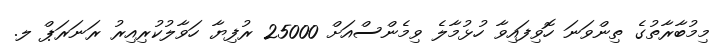
މިމުބާރާތުގެ ތިންވަނަ ހޮވިފައިވާ ހުޅުމާލެ ވިމެންސްއަށް 25000 ރުފިޔާ ހަވާލުކުރިއިރު ރަނަރަޕް ލ.